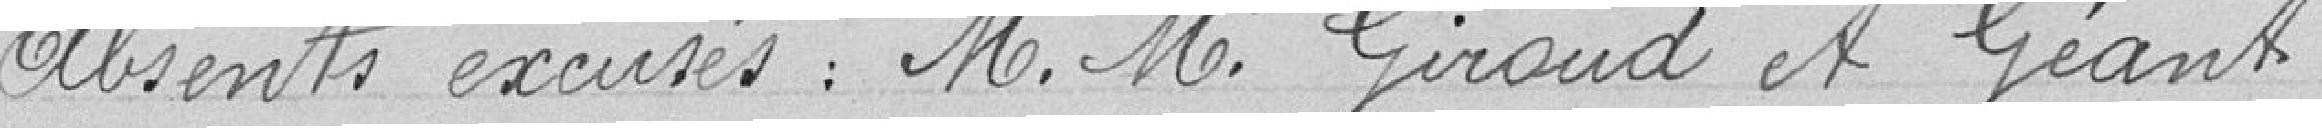
absents excusés : M.M. Giroud et Géant